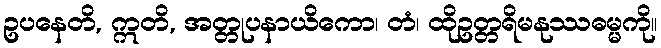
ဥပနေတိ, ဣတိ, အတ္တုပနာယိကော၊ တံ၊ ထိုဥတ္တရိမနုဿဓမ္မကို။